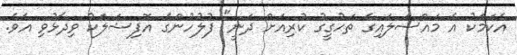
އެކަމަކު އެ މައްސަލައިގެ ތަހުގީގު ކުރިއަށް ދަނީ" ފުލުހުންގެ އޮފިޝަލަކު ވިދާޅުވި އެވެ.